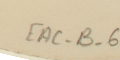
EAC-B-6